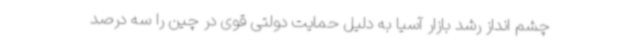
چشم انداز رشد بازار آسیا به دلیل حمایت دولتی قوی در چین را سه درصد